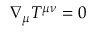
\nabla _ { \mu } T ^ { \mu \nu } = 0